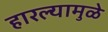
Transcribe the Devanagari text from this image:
हारल्यामुळे